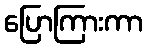
ပြောကြားကာ